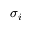
\sigma _ { i }